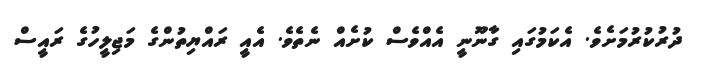
ދުރުކުރުމަށެވެ. އެކަމުގައި ގާނޫނީ އެއްވެސް ކުށެއް ނެތެވެ. އެއީ ރައްޔިތުންގެ މަޖިލީހުގެ ރައީސް